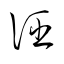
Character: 誣